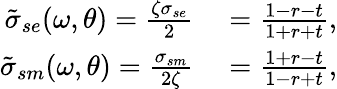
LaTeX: \begin{array}{rl}{\tilde{\sigma}_{se}(\omega,\theta)=\frac{\zeta\sigma_{se}}{2}}&{{}=\frac{1-r-t}{1+r+t},}\\ {\tilde{\sigma}_{sm}(\omega,\theta)=\frac{\sigma_{sm}}{2\zeta}}&{{}=\frac{1+r-t}{1-r+t},}\end{array}